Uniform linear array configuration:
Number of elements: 12
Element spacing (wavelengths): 0.75
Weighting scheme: hamming
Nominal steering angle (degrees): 60
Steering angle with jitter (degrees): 60.112
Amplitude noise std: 0.05
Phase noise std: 0.05

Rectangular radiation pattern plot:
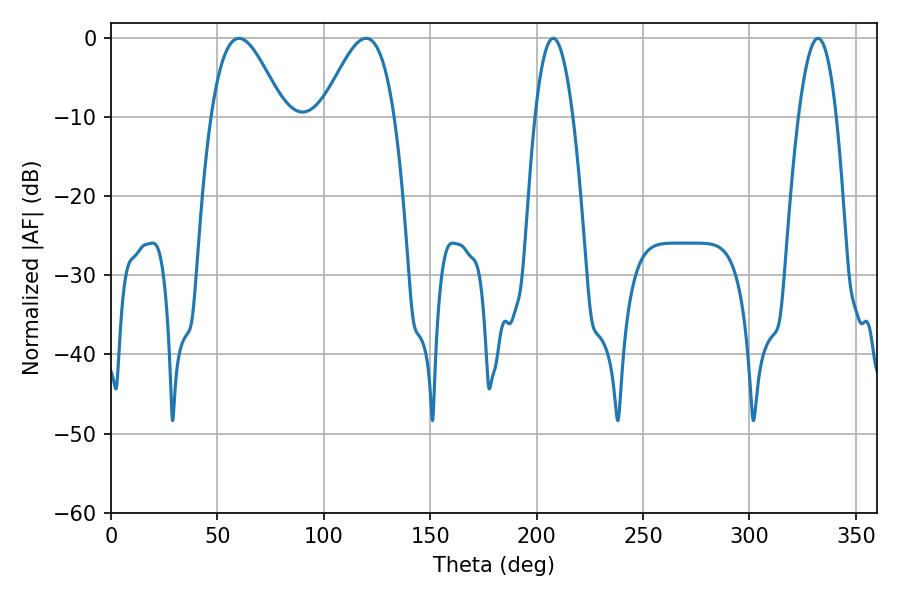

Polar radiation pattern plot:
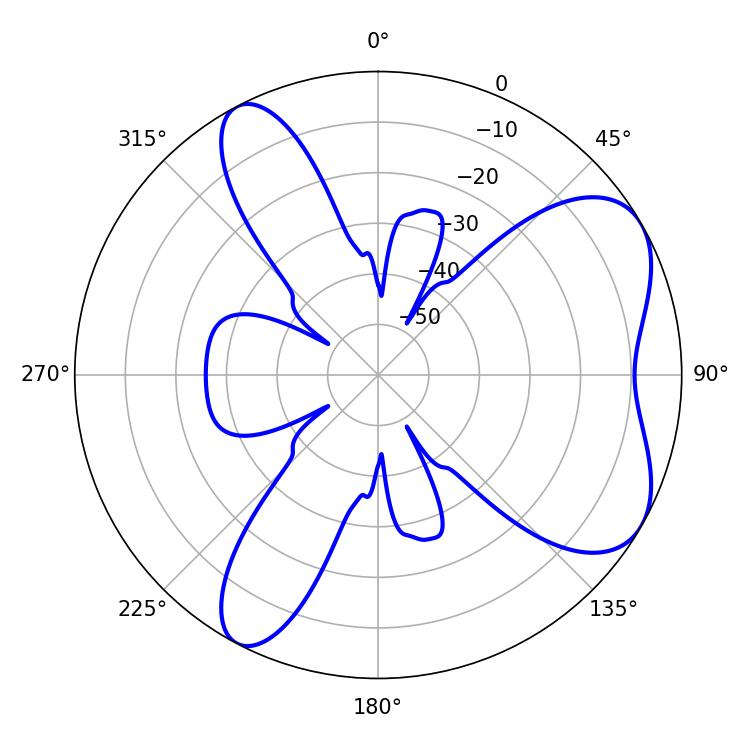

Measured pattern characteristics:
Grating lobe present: TRUE
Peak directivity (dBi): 6.282
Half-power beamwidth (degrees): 18.36
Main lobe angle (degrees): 60.12